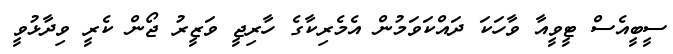
ސީބީއެސް ޓީވީއާ ވާހަކަ ދައްކަވަމުން އެމެރިކާގެ ހާރިޖީ ވަޒީރު ޖޯން ކެރީ ވިދާޅުވީ